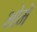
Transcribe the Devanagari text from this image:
भोमे